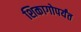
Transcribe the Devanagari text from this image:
शिकागोपर्यंत